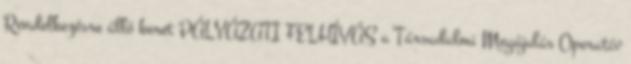
Rendelkezésre álló keret PÁLYÁZATI FELHÍVÁS a Társadalmi Megújulás Operatív